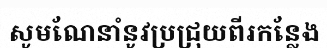
សូមណែនាំនូវប្រជ្រុយពីរកន្លែង